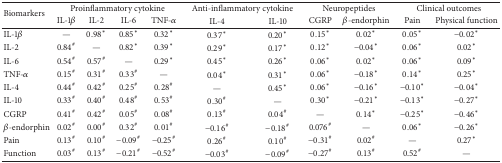
<table><thead><tr><td rowspan="2"><b>Biomarkers</b></td><td colspan="4"><b>Proinflammatory cytokine</b></td><td colspan="2"><b>Anti-inflammatory cytokine</b></td><td colspan="2"><b>Neuropeptides</b></td><td colspan="2"><b>Clinical outcomes</b></td></tr><tr><td><b>IL-1<i>β</i></b></td><td><b>IL-2</b></td><td><b>IL-6</b></td><td><b>TNF-<i>α</i></b></td><td><b>IL-4</b></td><td><b>IL-10</b></td><td><b>CGRP</b></td><td><b><i>β</i>-endorphin</b></td><td><b>Pain </b></td><td><b>Physical function</b></td></tr></thead><tbody><tr><td>IL-1<i>β</i></td><td>—</td><td>0.98<sup>∗</sup></td><td>0.85<sup>∗</sup></td><td>0.32<sup>∗</sup></td><td>0.37<sup>∗</sup></td><td>0.20<sup>∗</sup></td><td>0.15<sup>∗</sup></td><td>0.02<sup>∗</sup></td><td>0.05<sup>∗</sup></td><td>−0.02<sup>∗</sup></td></tr><tr><td>IL-2</td><td>0.84<sup>#</sup></td><td>—</td><td>0.82<sup>∗</sup></td><td>0.39<sup>∗</sup></td><td>0.29<sup>∗</sup></td><td>0.17<sup>∗</sup></td><td>0.12<sup>∗</sup></td><td>−0.04<sup>∗</sup></td><td>0.06<sup>∗</sup></td><td>0.02<sup>∗</sup></td></tr><tr><td>IL-6</td><td>0.54<sup>#</sup></td><td>0.57<sup>#</sup></td><td>—</td><td>0.29<sup>∗</sup></td><td>0.45<sup>∗</sup></td><td>0.26<sup>∗</sup></td><td>0.06<sup>∗</sup></td><td>0.02<sup>∗</sup></td><td>0.06<sup>∗</sup></td><td>0.09<sup>∗</sup></td></tr><tr><td>TNF-<i>α</i></td><td>0.15<sup>#</sup></td><td>0.31<sup>#</sup></td><td>0.33<sup>#</sup></td><td>—</td><td>0.04<sup>∗</sup></td><td>0.31<sup>∗</sup></td><td>0.06<sup>∗</sup></td><td>−0.18<sup>∗</sup></td><td>0.14<sup>∗</sup></td><td>0.25<sup>∗</sup></td></tr><tr><td>IL-4</td><td>0.44<sup>#</sup></td><td>0.42<sup>#</sup></td><td>0.25<sup>#</sup></td><td>0.28<sup>#</sup></td><td>—</td><td>0.45<sup>∗</sup></td><td>0.06<sup>∗</sup></td><td>−0.16<sup>∗</sup></td><td>−0.10<sup>∗</sup></td><td>−0.04<sup>∗</sup></td></tr><tr><td>IL-10</td><td>0.33<sup>#</sup></td><td>0.40<sup>#</sup></td><td>0.48<sup>#</sup></td><td>0.53<sup>#</sup></td><td>0.30<sup>#</sup></td><td>—</td><td>0.30<sup>∗</sup></td><td>−0.21<sup>∗</sup></td><td>−0.13<sup>∗</sup></td><td>−0.27<sup>∗</sup></td></tr><tr><td>CGRP</td><td>0.41<sup>#</sup></td><td>0.42<sup>#</sup></td><td>0.05<sup>#</sup></td><td>0.08<sup>#</sup></td><td>0.13<sup>#</sup></td><td>0.04<sup>#</sup></td><td>—</td><td>0.14<sup>∗</sup></td><td>−0.25<sup>∗</sup></td><td>−0.46<sup>∗</sup></td></tr><tr><td><i>β</i>-endorphin</td><td>0.02<sup>#</sup></td><td>0.00<sup>#</sup></td><td>0.32<sup>#</sup></td><td>0.01<sup>#</sup></td><td>−0.16<sup>#</sup></td><td>−0.18<sup>#</sup></td><td>0.076<sup>#</sup></td><td>—</td><td>0.06<sup>∗</sup></td><td>−0.26<sup>∗</sup></td></tr><tr><td>Pain</td><td>0.13<sup>#</sup></td><td>0.10<sup>#</sup></td><td>−0.09<sup>#</sup></td><td>−0.25<sup>#</sup></td><td>0.26<sup>#</sup></td><td>0.10<sup>#</sup></td><td>−0.31<sup>#</sup></td><td>0.02<sup>#</sup></td><td>—</td><td>0.27<sup>∗</sup></td></tr><tr><td>Function</td><td>0.03<sup>#</sup></td><td>0.13<sup>#</sup></td><td>−0.21<sup>#</sup></td><td>−0.52<sup>#</sup></td><td>−0.03<sup>#</sup></td><td>−0.09<sup>#</sup></td><td>−0.27<sup>#</sup></td><td>0.13<sup>#</sup></td><td>0.52<sup>#</sup></td><td>—</td></tr></tbody></table>